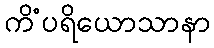
ကိံပရိယောသာနာ